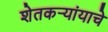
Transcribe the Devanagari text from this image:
शेतकर्‍यांयाचे